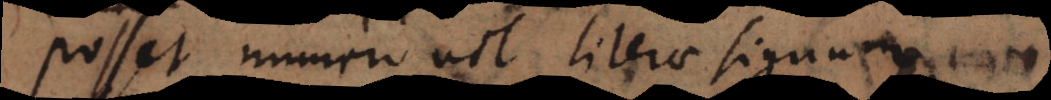
Posset numero vel literae signum